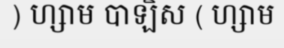
) ហ្សាម បាឡិស ( ហ្សាម